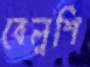
বেলুশি